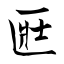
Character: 匨